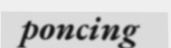
poncing